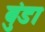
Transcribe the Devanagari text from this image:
बुंडा